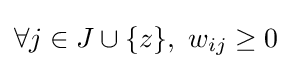
\forall j\in J\cup \{z\},\ w_{ij}\geq 0